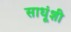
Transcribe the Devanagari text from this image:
साधूंशी